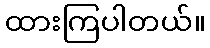
ထားကြပါတယ်။